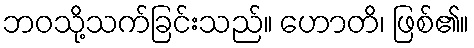
ဘဝသို့သက်ခြင်းသည်။ ဟောတိ၊ ဖြစ်၏။